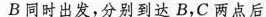
B同时出发，分别到达B，C两点后